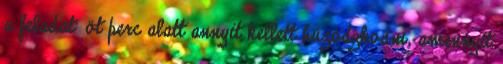
a feladat: öt perc alatt annyit kellett húzódzkodni, amennyit